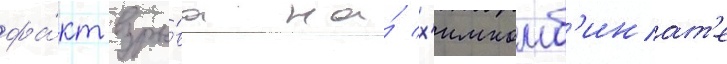
фа́кт взры́ва на́ х'имкомб'инат'е